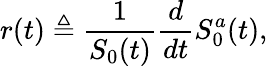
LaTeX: r(t)\triangleq{\frac{1}{S_{0}(t)}}{\frac{d}{dt}}S_{0}^{a}(t),